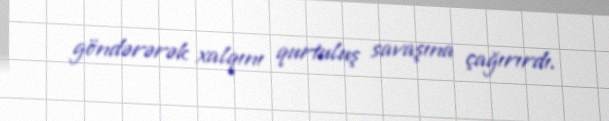
göndərərək xalqını qurtuluş savaşına çağırırdı.